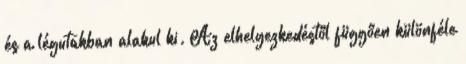
és a légutakban alakul ki. Az elhelyezkedéstől függően különféle